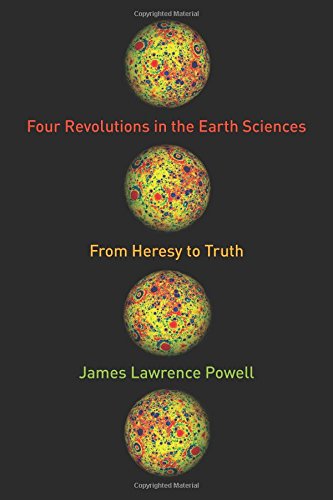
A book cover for Four Revolutions in the Earth Sciences: From Heresy to Truth; James Lawrence Powell; Science & Math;